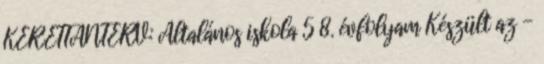
KERETTANTERV: Általános iskola 5 8. évfolyam Készült az -